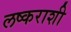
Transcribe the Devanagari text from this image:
लष्कराशी